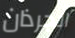
الجرذان